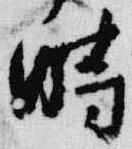
時